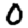
Digit: 0